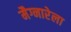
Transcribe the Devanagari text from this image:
मैग्नारेला